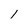
Character: l